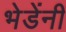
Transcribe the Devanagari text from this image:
भेडेंनी